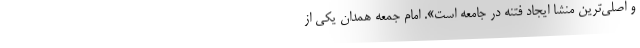
و اصلی‌ترین منشا ایجاد فتنه در جامعه است». امام جمعه همدان یکی از